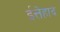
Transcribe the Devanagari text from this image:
ईत्तेहाद